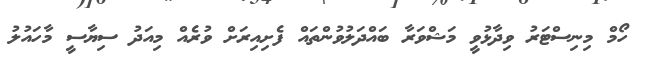
ހޯމް މިނިސްޓަރު ވިދާޅުވީ މަޝްވަރާ ބައްދަލުވުންތައް ފެށިއިރަށް ވުރެއް މިއަދު ސިޔާސީ މާހައުލު